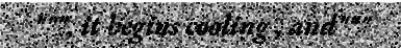
""", it begins cooling , and"""